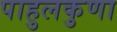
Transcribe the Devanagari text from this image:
पाहुलकुणा